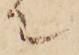
て